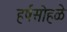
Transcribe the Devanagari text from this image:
हर्षसोहळे